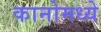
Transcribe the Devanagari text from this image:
कानोमध्ये